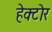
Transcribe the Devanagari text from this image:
हेक्टोर